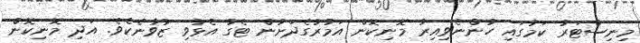
މިނިސްޓަރު ކަމުގައި ހުންނެވިއިރު މޮނިކޮން އަމުރުގެދަށުން ޓެގު އެޅުވި ޒުވާނެކެވެ. އަދި މޮނިކޮން